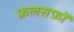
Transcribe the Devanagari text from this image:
फ़लसफ़ों